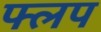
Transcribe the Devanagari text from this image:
फ्लप